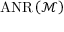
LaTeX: \operatorname { A N R } \left( { \mathcal { M } } \right)